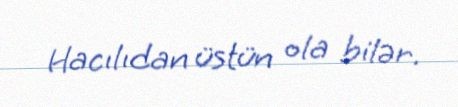
Hacılıdan üstün ola bilər.